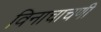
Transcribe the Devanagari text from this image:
विनाचाचणी